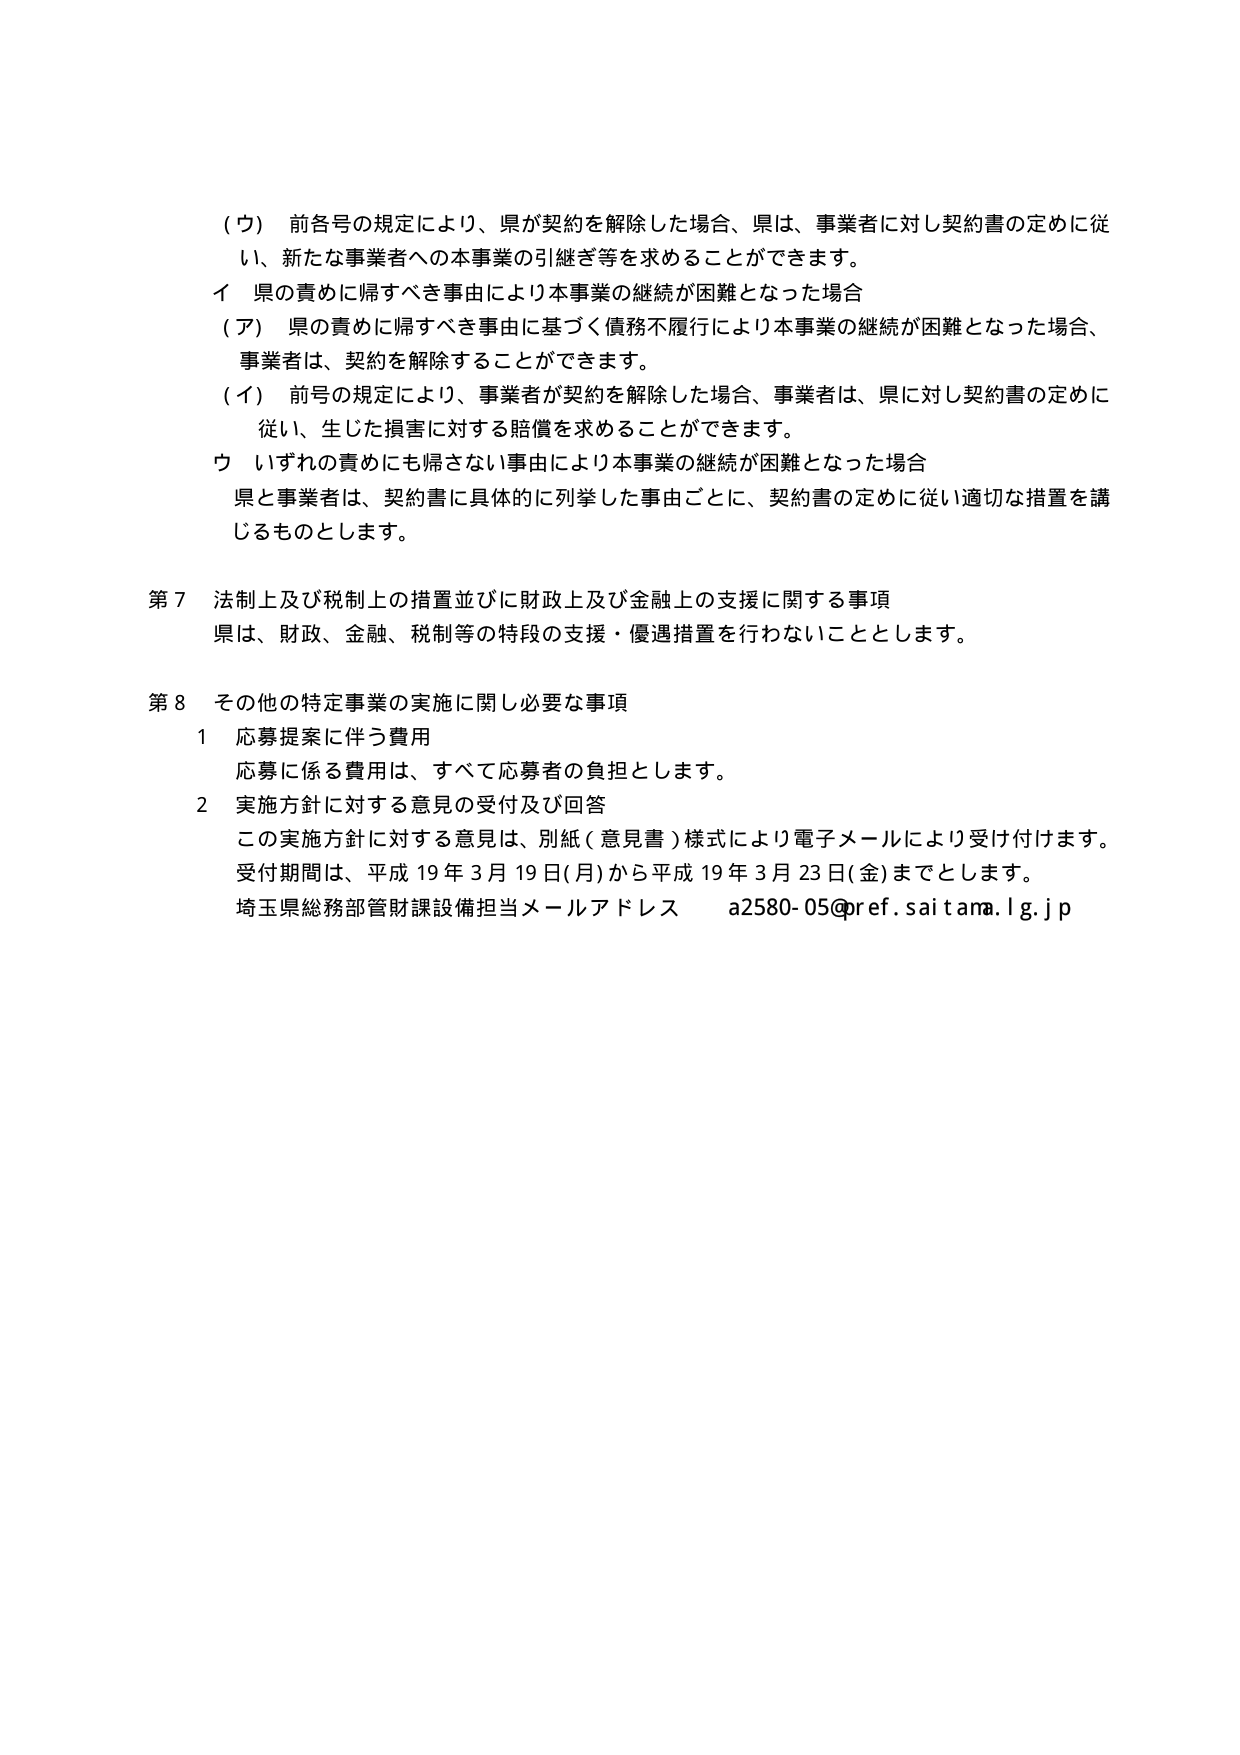
(ウ) 前各号の規定により、県が契約を解除した場合、県は、事業者に対し契約書の定めに従い、新たな事業者への本事業の引継ぎ等を求めることができます。

イ 県の責めに帰すべき事由により本事業の継続が困難となった場合

(ア) 県の責めに帰すべき事由に基づく債務不履行により本事業の継続が困難となった場合、事業者は、契約を解除することができます。

(イ) 前号の規定により、事業者が契約を解除した場合、事業者は、県に対し契約書の定めに従い、生じた損害に対する賠償を求めることができます。

ウ いずれの責めにも帰さない事由により本事業の継続が困難となった場合

県と事業者は、契約書に具体的に列挙した事由ごとに、契約書の定めに従い適切な措置を講じるものとします。

第7 法制上及び税制上の措置並びに財政上及び金融上の支援に関する事項

県は、財政、金融、税制等の特段の支援・優遇措置を行わないこととします。

第8 その他の特定事業の実施に関し必要な事項

1 応募提案に伴う費用

応募に係る費用は、すべて応募者の負担とします。

2 実施方針に対する意見の受付及び回答

この実施方針に対する意見は、別紙（意見書）様式により電子メールにより受け付けます。

受付期間は、平成19年3月19日(月)から平成19年3月23日(金)までとします。

埼玉県総務部管財課設備担当メールアドレス a2580-05@pref.saitama.lg.jp